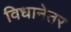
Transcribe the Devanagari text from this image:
विधानेतर